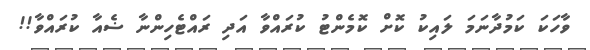
ވާހަކަ ކަމުދާނަމަ ލަައިކު ކޮށް ކޮމެންޓު ކުރައްވާ އަދި ރައްޓެހިންނާ ޟެއާ ކުރައްވާ!!